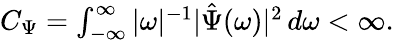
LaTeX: \begin{array}{r}{C_{\Psi}=\int_{-\infty}^{\infty}|\omega|^{-1}|\hat{\Psi}(\omega)|^{2}\, d\omega<\infty.}\end{array}